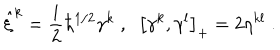
LaTeX: \hat { \xi } ^ { k } = \frac { i } { 2 } \hbar ^ { 1 / 2 } \gamma ^ { k } \; , \; \; \left[ \gamma ^ { k } , \gamma ^ { l } \right] _ { + } = 2 \eta ^ { k l } \; .